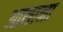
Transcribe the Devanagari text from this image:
आसाना